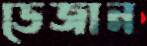
ডেজান